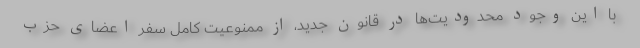
با این وجود محدودیت‌ها در قانون جدید، از ممنوعیت کامل سفر اعضای حزب